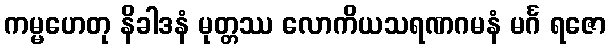
ကမ္မဟေတု နိခါဒနံ မုတ္တဿ လောကိယသရဏဂမနံ မင်္ဂ ရဇော